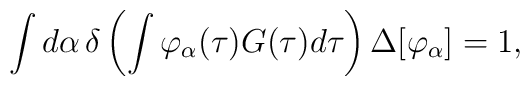
\int d\alpha \, \delta \left(\int \varphi_\alpha (\tau) G(\tau)d\tau\right)\Delta[\varphi_\alpha] =1,